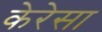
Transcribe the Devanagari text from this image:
केरेसा